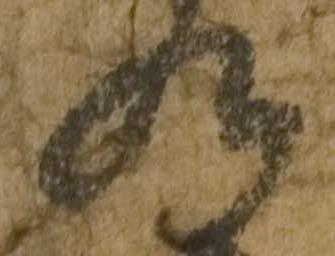
九